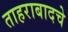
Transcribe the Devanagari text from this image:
ताहराबादचे